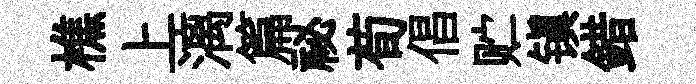
樵上漓篇祕荀倡贮镇錯